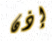
إذن